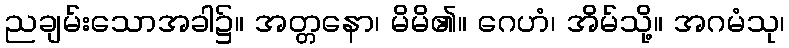
ညချမ်းသောအခါ၌။ အတ္တနော၊ မိမိ၏။ ဂေဟံ၊ အိမ်သို့။ အဂမံသု၊